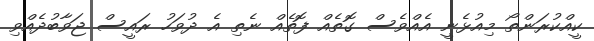
ކީއްކުރަންތޯ މިއުޅެނީ އެއްވެސް ގޮތެއް ފޮތެއް ނެތި އެ ދުވަހު ރައީސް ޖަވާބުދެއްވި